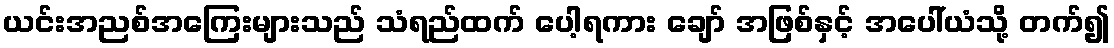
ယင်းအညစ်အကြေးများသည် သံရည်ထက် ပေါ့ရကား ချော် အဖြစ်နှင့် အပေါ်ယံသို့ တက်၍